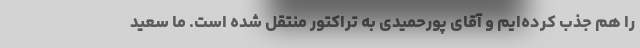
را هم جذب کرده‌ایم و آقای پورحمیدی به تراکتور منتقل شده است. ما سعید